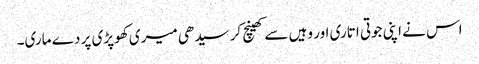
اس نے اپنی جوتی اتاری اور وہیں سے کھینچ کر سیدھی میری کھوپڑی پر دے ماری۔